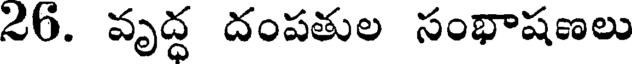
26. వృద్ధ దంపతుల సంభాషణలు